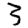
Digit: 3